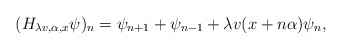
\begin{align*}(H_{\lambda v,\alpha,x}\psi)_{n}=\psi_{n+1}+\psi_{n-1}+ \lambda v(x+n\alpha)\psi_{n},\end{align*}